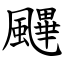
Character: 䬛